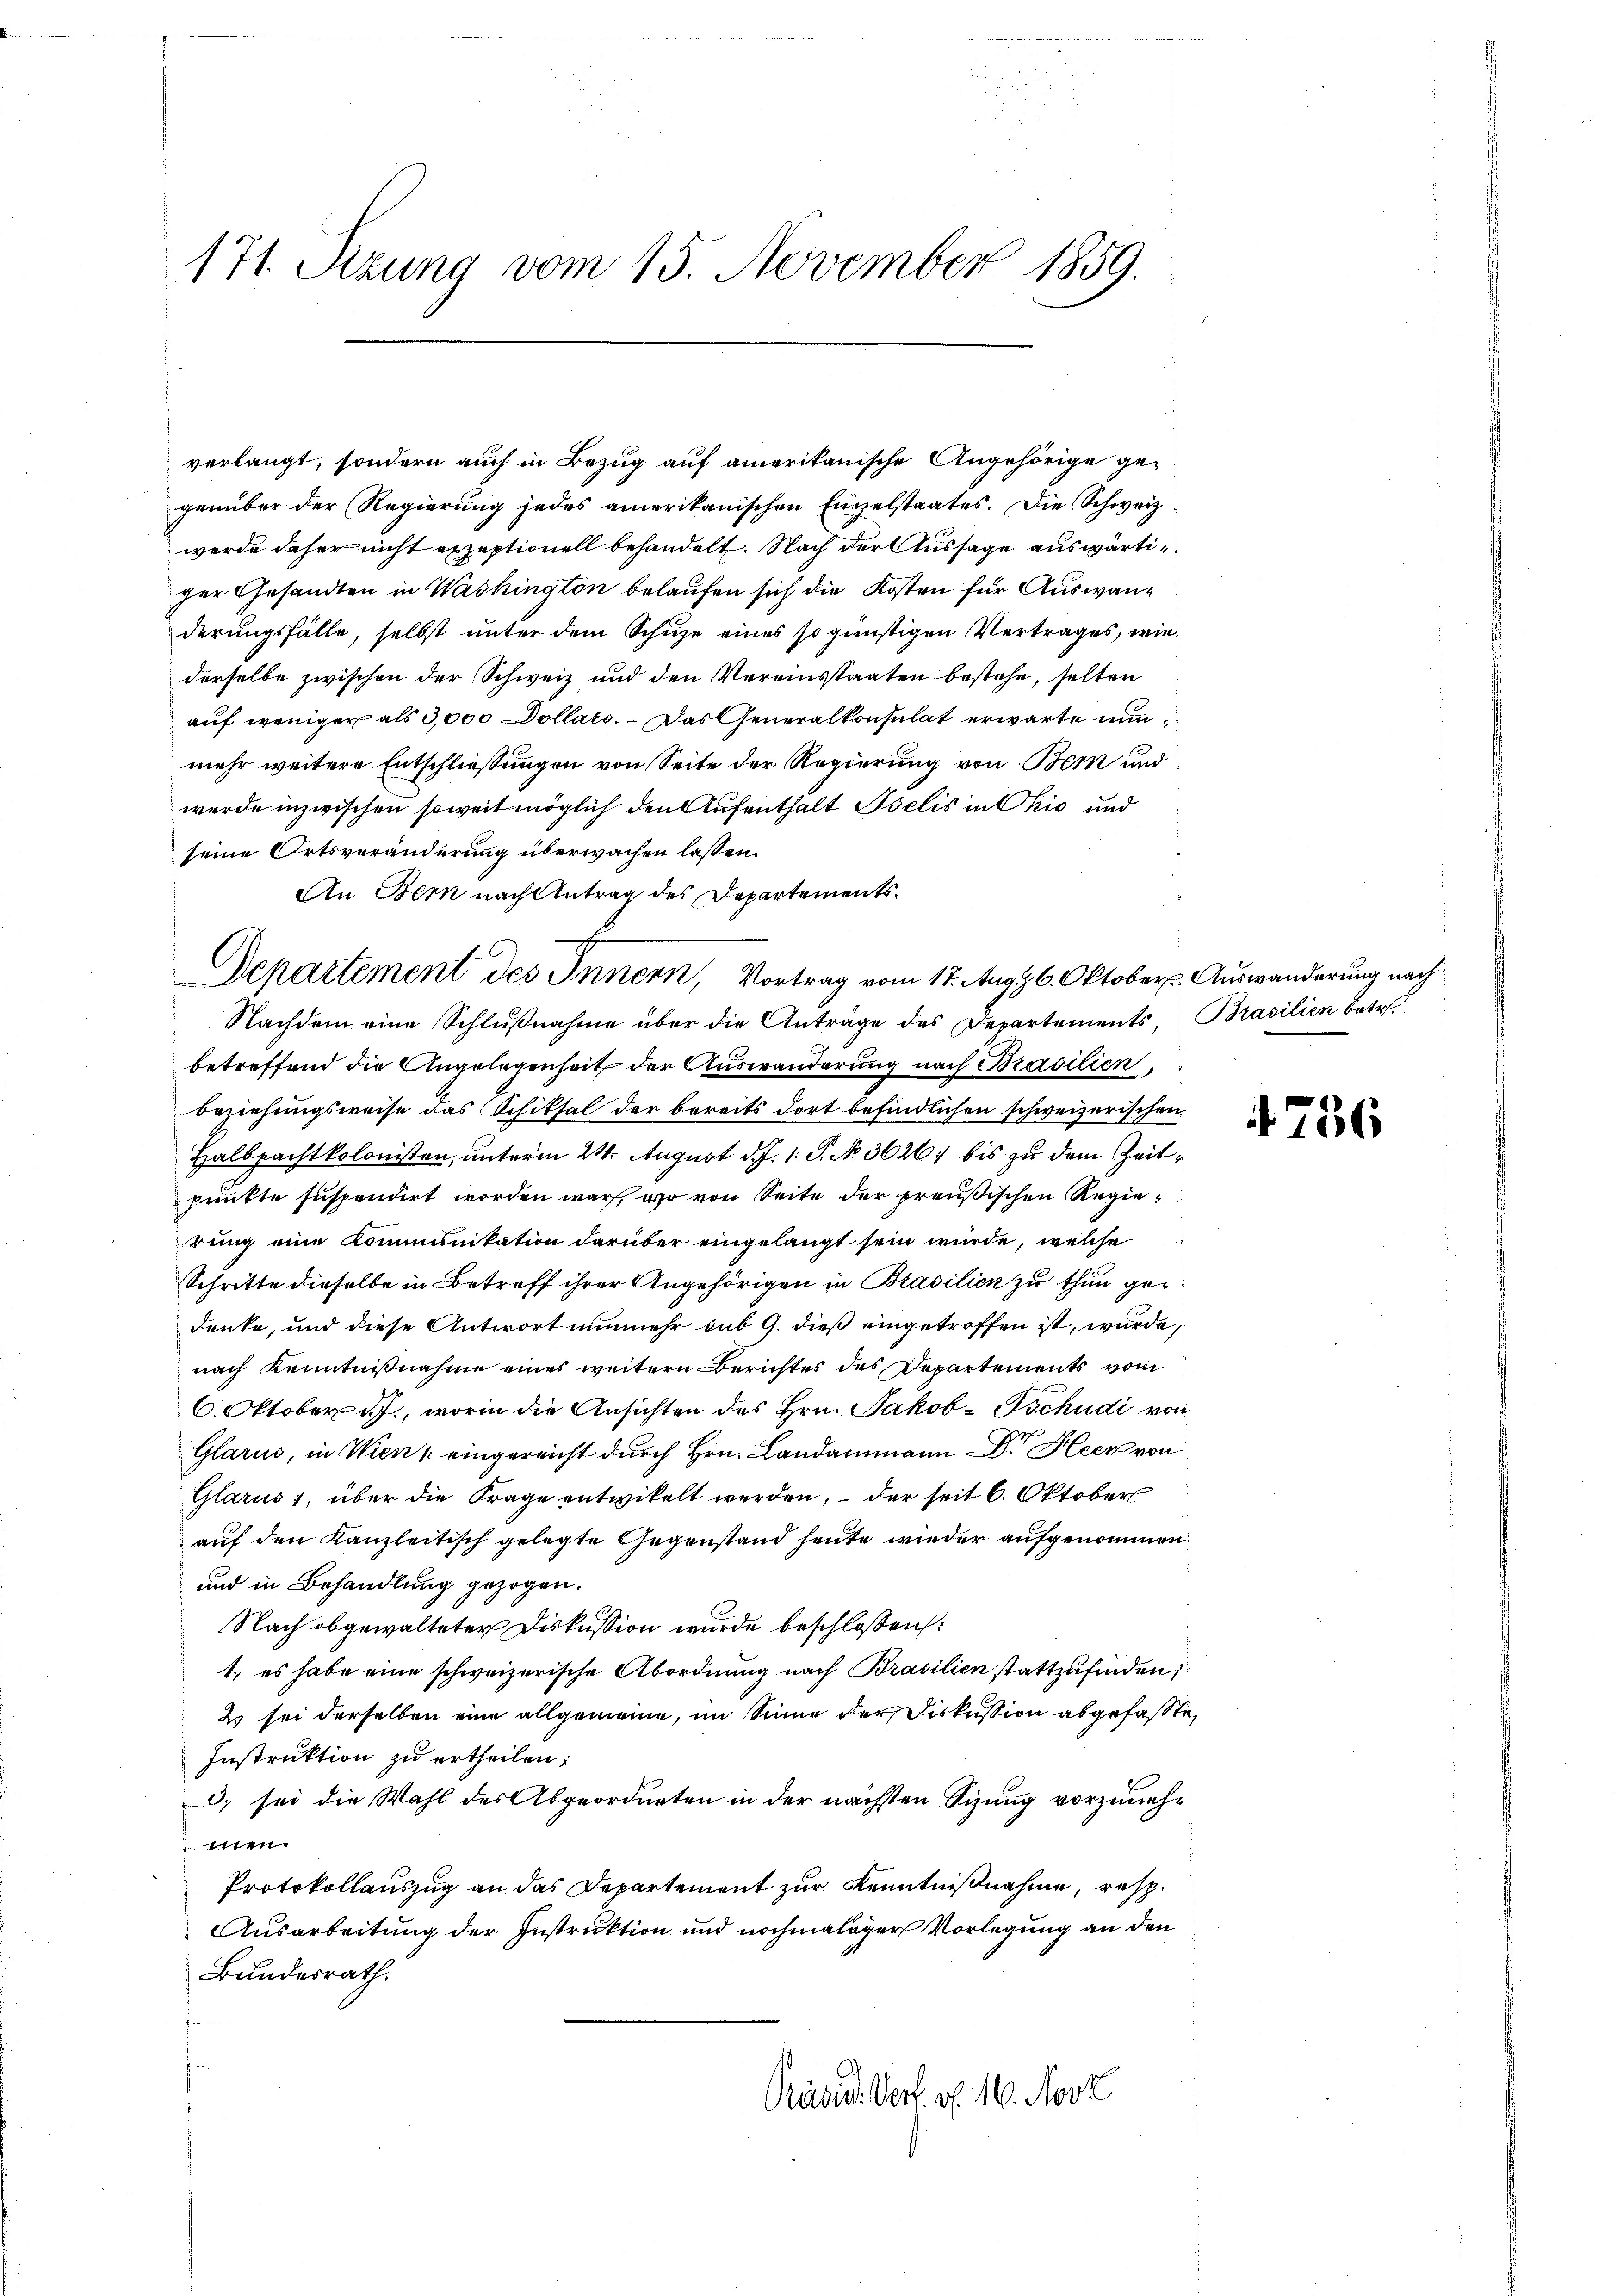
171. Sizung vom 15. November 1859.

verlangt, sondern auch in Bezug auf amerikanische Angehörige gegenüber der Regierung jedes amerikanischen Einzelstaates. Die Schweiz
werde daher nicht exzeptionell behandelt. Nach der Aussage auswärtiger Gesandten in Washington belaufen sich die Kosten für Auswanderungsfälle, selbst unter dem Schuze eines so günstigen Vertrages, wie
derselbe zwischen der Schweiz und den Vereinsstaaten bestehe, selten
auf weniger als 3,000 Dollato. Das Generalkonsulat erwarte nun
mehr weitere Entschließungen von Seite der Regierung von Bern und
wurde inzwischen soweit möglich den Aufenthalt Iselis in Ohio und
seine Ortsveränderung überwachen lassen.
An Bern nach Antrag des Departements¬
Nachdem eine Schlußnahme über die Anträge des Departements, Brasilien betr.
betreffend die Angelegenheit der Auswanderung nach Brasilien
beziehungsweise das Schiksal der bereits dort befindlichen schweizerischen
Halbpachtkolonisten, unterm 24. August d. J. 1. P. No. 3626 bis zu dem Zeitpunkte suspendirt worden war, wo von Seite der preußischen Regierung eine Kommunikation darüber eingelangt sein würde, welche
Schritte dieselbe in Betreff ihrer Angehörigen in Brasilien zu thun gedenke, und diese Antwort nunmehr sub 9. dieß eingetroffen ist, wurde,
nach Kenntnißnahme eines weitern Berichtes des Departements vom
6. Oktober d. J., worin die Ansichten des Hrn. Jakob Tschudi von
Glarus, in Wien, eingereicht durch Hrn. Landammann Dr. Heer von
Glarus 1, über die Frage entwikelt werden, – der seit 6. Oktober
auf den Kanzleitisch gelegte Gegenstand heute wieder aufgenommen
und in Behandlung gezogen.
Nach abgewalteter Diskussion wurde beschlossen:
1., es habe eine schweizerische Abordnung nach Brasilien stattzufinden;
2 sei derselben eine allgemeine, im Sinne der Fiskussion abgefasste,
Instruktion zu ertheilen;
3) sei die Wahl des Abgeordneten in der nächsten Sizung vorzunehwen
Protokollauszug an das Departement zur Kenntnißnahme, resp.
Ausarbeitung der Instruktion und nochmaliger Vorlegung an den
Bundesrath.
Präsid. Verf. v. 16. Novz

Departement des Innern, Vortrag vom 17. Aug. 6. Oktober Auswanderung nach

4756